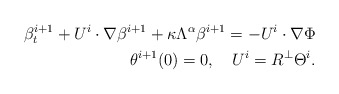
\begin{align*}\beta^{i+1}_t+U^i\cdot\nabla \beta^{i+1}+\kappa\Lambda^\alpha\beta^{i+1} =-U^i\cdot\nabla\Phi\\\theta^{i+1}(0)=0, \ \ \ U^i=R^\perp\Theta^i.\end{align*}